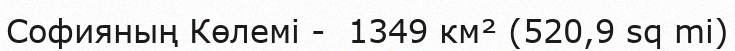
Софияның Көлемі -  1349 км² (520,9 sq mi)